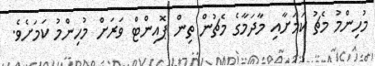
މުހިންމު މެޗު ކަމަށާއި މާދަމާގެ މެޗުން ތިން ޕޮއިންޓް ވަރަށް މުހިންމު ކަމަށެވެ.